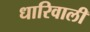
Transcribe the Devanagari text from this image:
धारिवाली